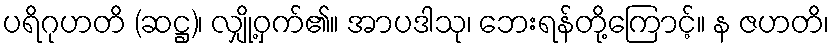
ပရိဂုဟတိ (ဆဋ္ဌ)၊ လျှို့ဝှက်၏။ အာပဒါသု၊ ဘေးရန်တို့ကြောင့်။ န ဇဟတိ၊